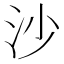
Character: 沙